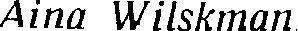
Aina Wilskman